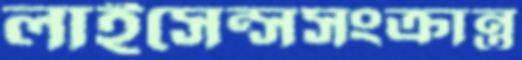
লাইসেন্সসংক্রান্ত